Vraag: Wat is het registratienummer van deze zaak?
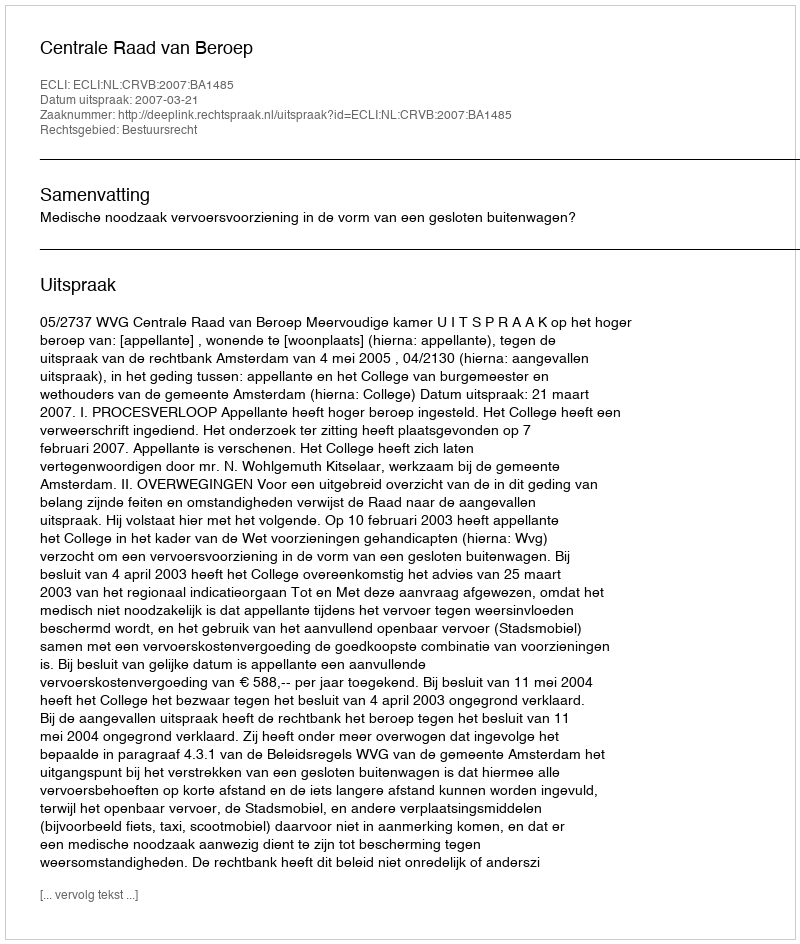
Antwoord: http://deeplink.rechtspraak.nl/uitspraak?id=ECLI:NL:CRVB:2007:BA1485